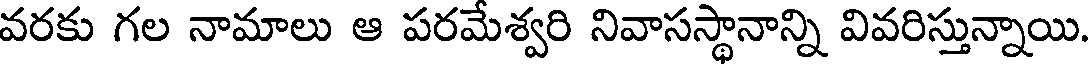
వరకు గల నామాలు ఆ పరమేశ్వరి నివాసస్థానాన్ని వివరిస్తున్నాయి.